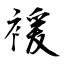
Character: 褑